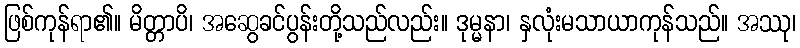
ဖြစ်ကုန်ရာ၏။ မိတ္တာပိ၊ အဆွေခင်ပွန်းတို့သည်လည်း။ ဒုမ္မနာ၊ နှလုံးမသာယာကုန်သည်။ အဿု၊